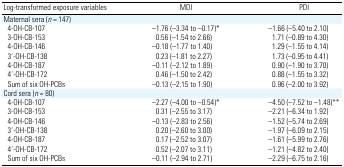
<table><thead><tr><td><b>Log-transformed exposure variables</b></td><td><b>MDI</b></td><td><b>PDI</b></td></tr></thead><tbody><tr><td colspan="3">Maternal sera (<i>n</i> = 147)</td></tr><tr><td> 4-OH-CB-107</td><td>−1.76 (−3.34 to −0.17)*</td><td>−1.66 (−5.40 to 2.10)</td></tr><tr><td> 3-OH-CB-153</td><td>0.56 (−1.54 to 2.66)</td><td>1.71 (−0.89 to 4.30)</td></tr><tr><td> 4-OH-CB-146</td><td>−0.18 (−1.77 to 1.40)</td><td>1.29 (−1.55 to 4.14)</td></tr><tr><td> 3′-OH-CB-138</td><td>0.23 (−1.81 to 2.27)</td><td>1.73 (−0.95 to 4.41)</td></tr><tr><td> 4-OH-CB-187</td><td>−0.11 (−2.12 to 1.89)</td><td>0.90 (−1.90 to 3.70)</td></tr><tr><td> 4′-OH-CB-172</td><td>0.46 (−1.50 to 2.42)</td><td>0.88 (−1.55 to 3.32)</td></tr><tr><td> Sum of six OH-PCBs</td><td>−0.13 (−2.15 to 1.90)</td><td>0.96 (−2.00 to 3.92)</td></tr><tr><td colspan="3">Cord sera (<i>n</i> = 80)</td></tr><tr><td> 4-OH-CB-107</td><td>−2.27 (−4.00 to −0.54)*</td><td>−4.50 (−7.52 to −1.48)**</td></tr><tr><td> 3-OH-CB-153</td><td>0.31 (−2.55 to 3.17)</td><td>−2.21 (−6.34 to 1.92)</td></tr><tr><td> 4-OH-CB-146</td><td>−0.13 (−2.83 to 2.56)</td><td>−1.52 (−5.74 to 2.69)</td></tr><tr><td> 3′-OH-CB-138</td><td>0.20 (−2.60 to 3.00)</td><td>−1.97 (−6.09 to 2.15)</td></tr><tr><td> 4-OH-CB-187</td><td>0.17 (−2.52 to 3.07)</td><td>−1.61 (−5.99 to 2.76)</td></tr><tr><td> 4′-OH-CB-172</td><td>0.52 (−2.07 to 3.11)</td><td>−1.21 (−4.82 to 2.40)</td></tr><tr><td> Sum of six OH-PCBs</td><td>−0.11 (−2.94 to 2.71)</td><td>−2.29 (−6.75 to 2.16)</td></tr></tbody></table>